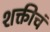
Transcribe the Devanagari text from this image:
शक्तीचं